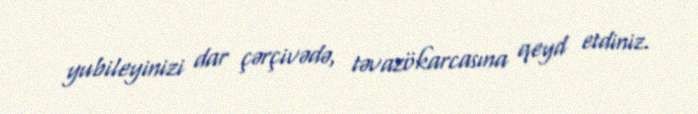
yubileyinizi dar çərçivədə, təvazökarcasına qeyd etdiniz.